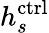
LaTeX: h_{s}^{\mathrm{ctrl}}